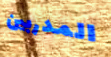
المدربين